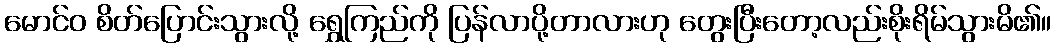
မောင်ဝ စိတ်ပြောင်းသွားလို့ ရွှေကြည်ကို ပြန်လာပို့တာလားဟု တွေးပြီးတော့လည်းစိုးရိမ်သွားမိ၏။